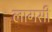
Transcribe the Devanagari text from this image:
लागसी